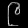
Digit: ၉